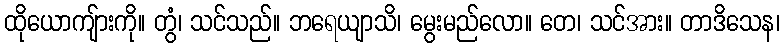
ထိုယောကျ်ားကို။ တွံ၊ သင်သည်။ ဘရေယျာသိ၊ မွေးမည်လော။ တေ၊ သင်အား။ တာဒိသေန၊